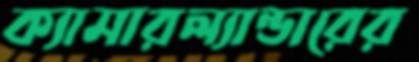
ক্যামারল্যান্ডারের